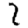
Digit: 2